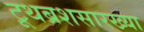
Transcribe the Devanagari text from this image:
टूथब्रशसारख्या